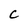
Character: C